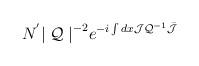
LaTeX: \begin{align*}N^{'} {\mid {\cal Q} \mid}^{-2} e^{-i \int dx {\cal J}{{\cal Q}}^{-1} \bar{{\cal J}} }\end{align*}